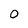
Character: 0